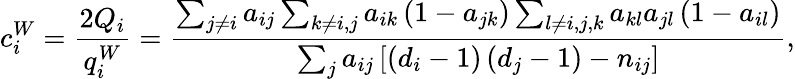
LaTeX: c_{i}^{W}=\frac{2Q_{i}}{q_{i}^{W}}=\frac{\sum_{j\neq i}a_{ij}\sum_{k\neq i,j}a_{ik}\left(1-a_{jk}\right)\sum_{l\neq i,j,k}a_{kl}a_{jl}\left(1-a_{il}\right)}{\sum_{j}a_{ij}\left[\left(d_{i}-1\right)\left(d_{j}-1\right)-n_{ij}\right]},